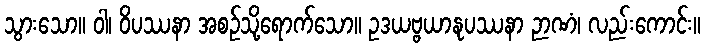
သွားသော။ ဝါ၊ ဝိပဿနာ အစဉ်သို့ရောက်သော။ ဥဒယဗ္ဗယာနုပဿနာ ဉာဏံ၊ လည်းကောင်း။